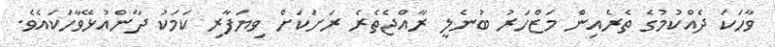
ވާހަކަ ދެއްކުމުގެ ތެރެއިން މަޒްހަރު ބުނެލީ ރާއްޖެތެރެ ރަށަކަށް ވިޔަފާރި ކަމަކު ދާންއުޅޭވާހަކައެވެ.